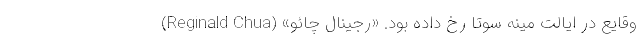
وقایع در ایالت مینه سوتا رخ داده بود. «رجینال چائو» (Reginald Chua)